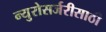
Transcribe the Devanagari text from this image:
न्युरोसर्जरीसाठी